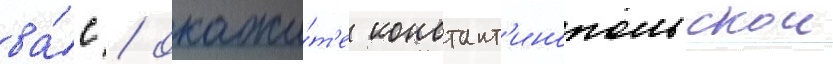
ва́с / окажи́т'е констант'инопольскои